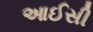
આઈસી